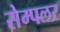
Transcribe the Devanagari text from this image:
सेम्पलर